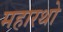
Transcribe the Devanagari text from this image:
महारथो